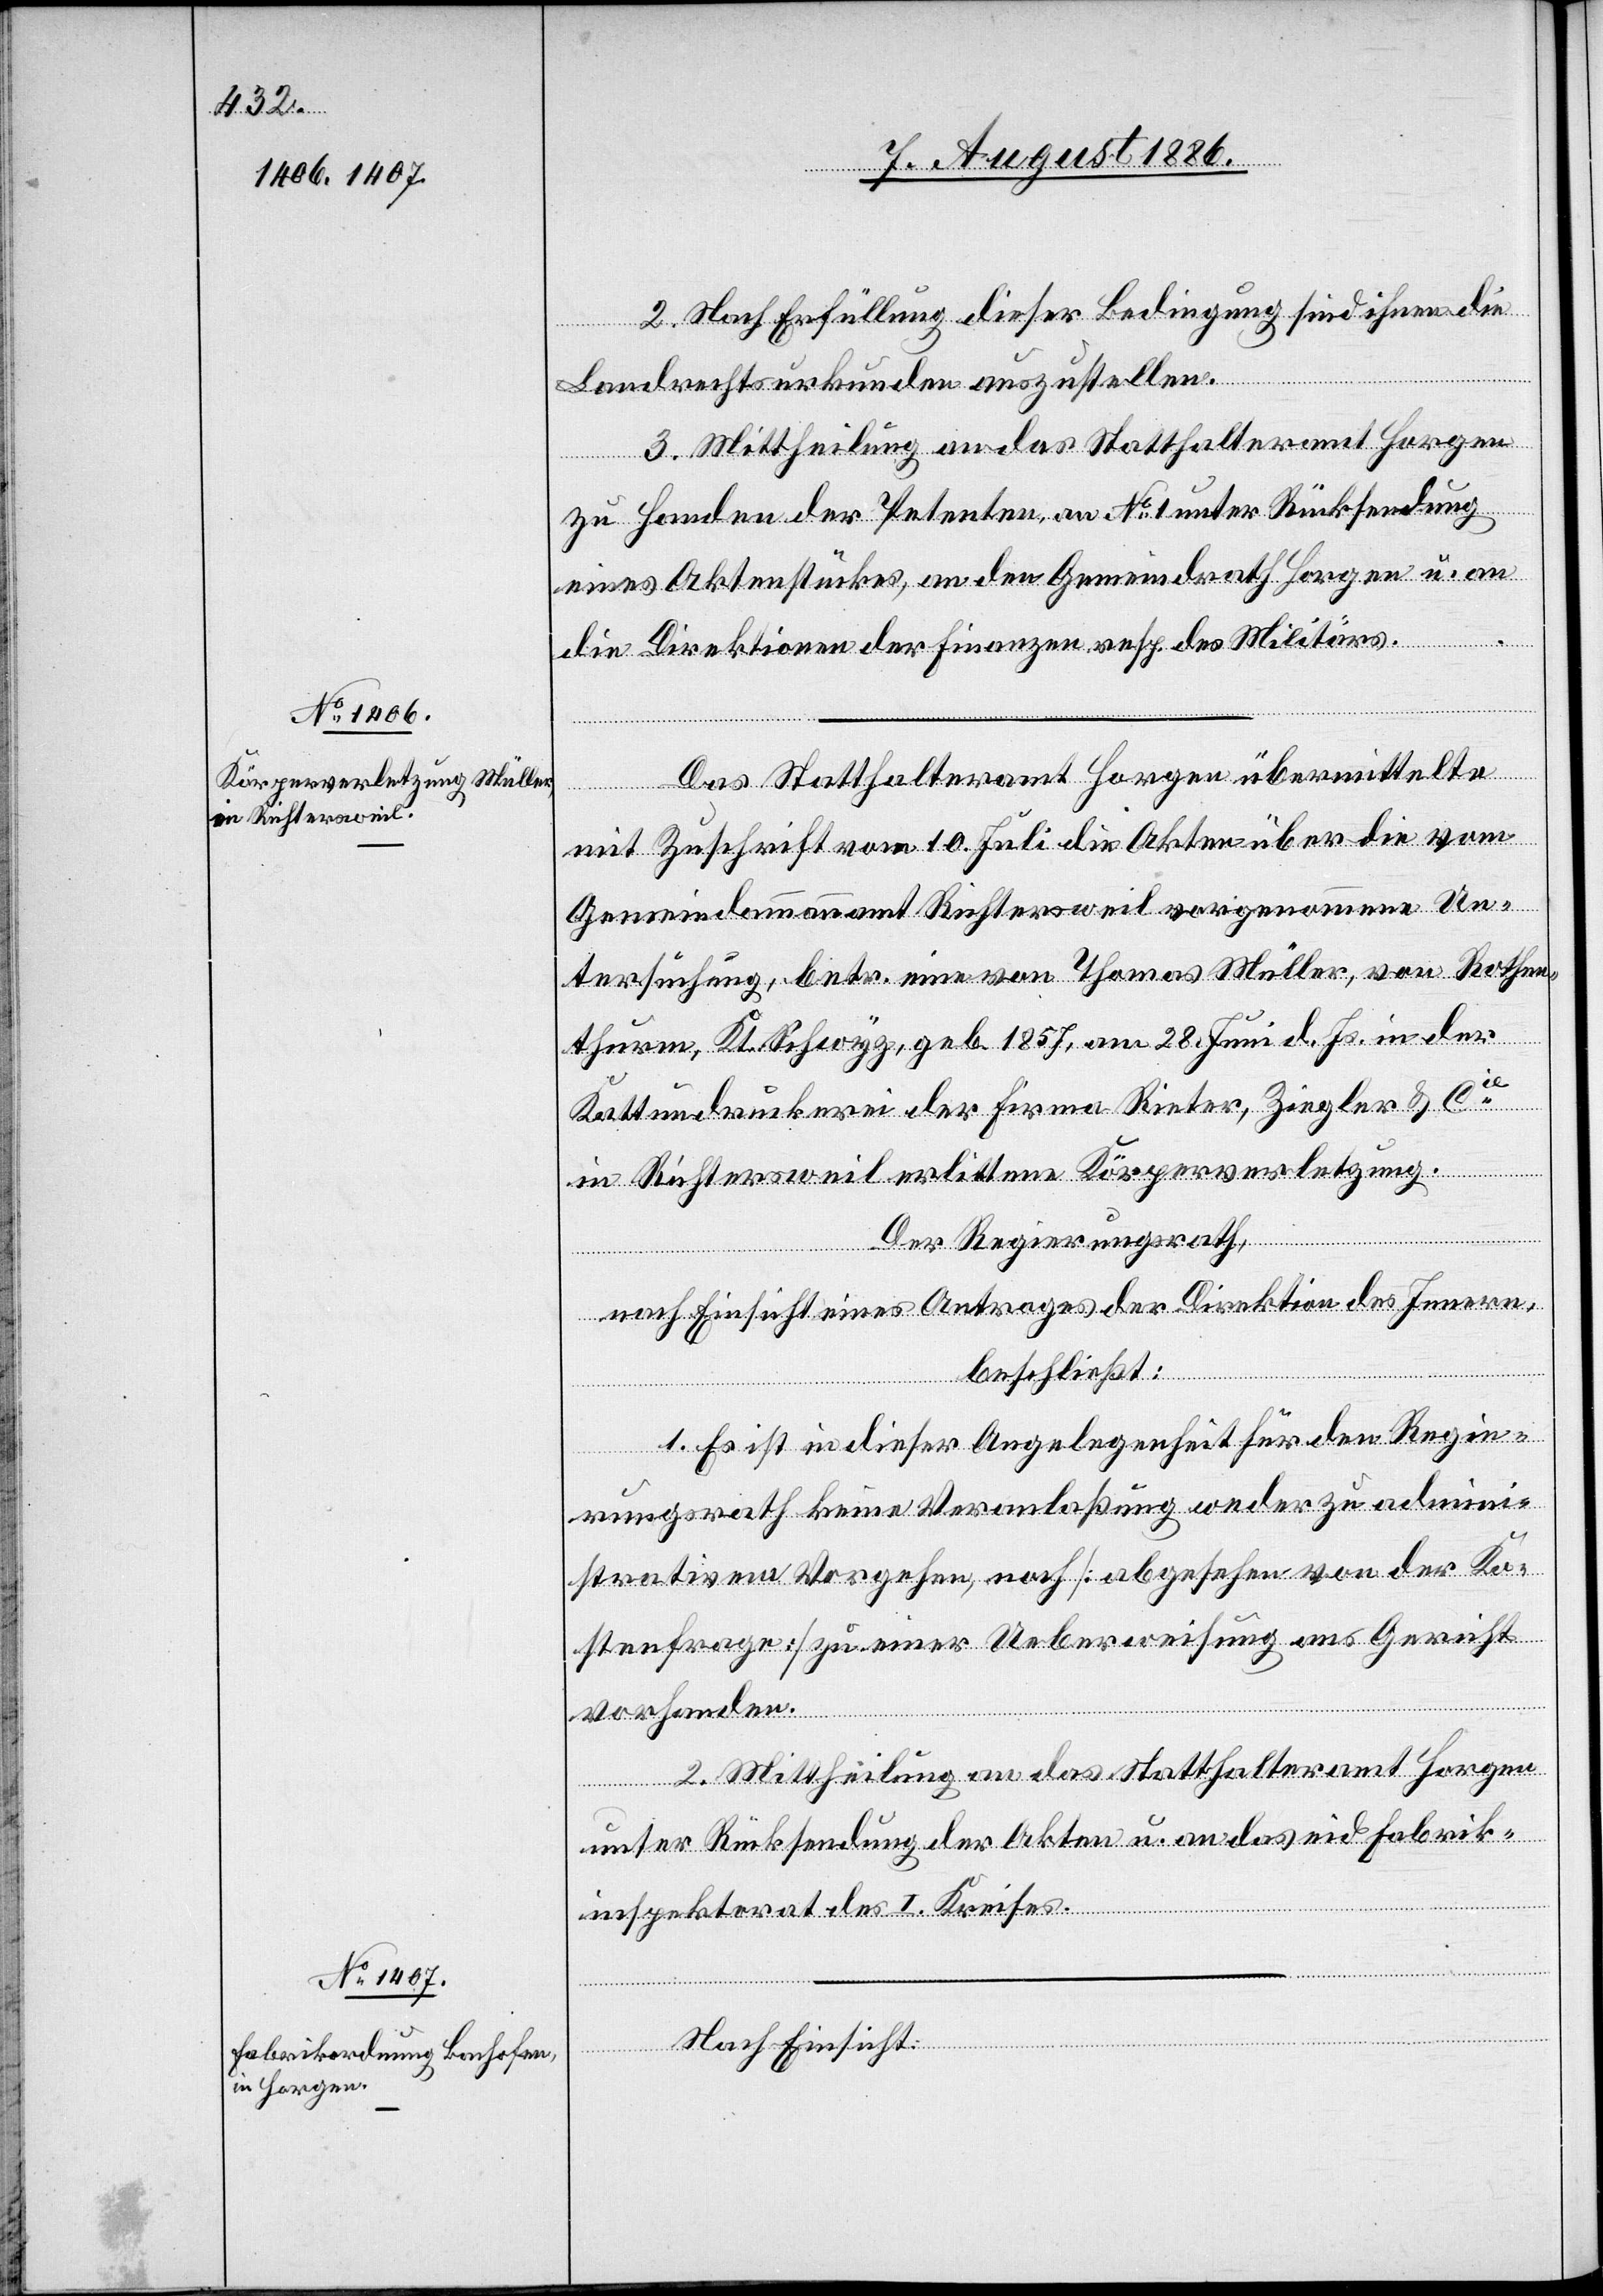
2. Nach Erfüllung dieser Bedingung sind ihnen die
Landrechtsurkunden auszustellen.
3. Mittheilung an das Statthalteramt Horgen
zu Handen der Petenten an No 1 unter Rücksendung
eines Aktenstückes, an den Gemeindrath Horgen u. an
die Direktionen der Finanzen resp. des Militärs.
Das Statthalteramt Horgen übermittelte
mit Zuschrift vom 10. Juli die Akten über die vom
Gemeindeammannamt Richtersweil vorgenommene Un¬
tersuchung, betr. eine von Thomas Müller, von Rothen¬
thurm, Kt. Schwyz, geb. 1857, am 28. Juni d. Js. in der
Kattundruckerei der Firma Rieter, Ziegler & Cie
in Richtersweil erlittene Körperverletzung.
Der Regierungsrath,
nach Einsicht eines Antrages der Direktion des Innern,
beschließt:
1. Es ist in dieser Angelegenheit für den Regie¬
rungsrath keine Veranlaßung weder zu admini¬
strativem Vorgehen, noch [abgesehen von der Ko¬
stenfrage] zu einer Ueberweisung ans Gericht
vorhanden.
2. Mittheilung an das Statthalteramt Horgen
unter Rücksendung der Akten u. an das eid. Fabrik¬
inspektorat des I. Kreises.
Nach Einsicht: